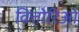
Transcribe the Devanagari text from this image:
वित्तोरिओ